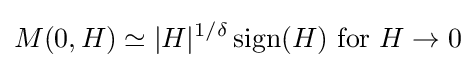
M(0,H)\simeq |H|^{1/\delta }\operatorname {sign} (H){\mbox{ for }}H\rightarrow 0